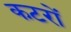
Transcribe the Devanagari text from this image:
कटरों